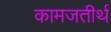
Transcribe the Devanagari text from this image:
कामजतीर्थ